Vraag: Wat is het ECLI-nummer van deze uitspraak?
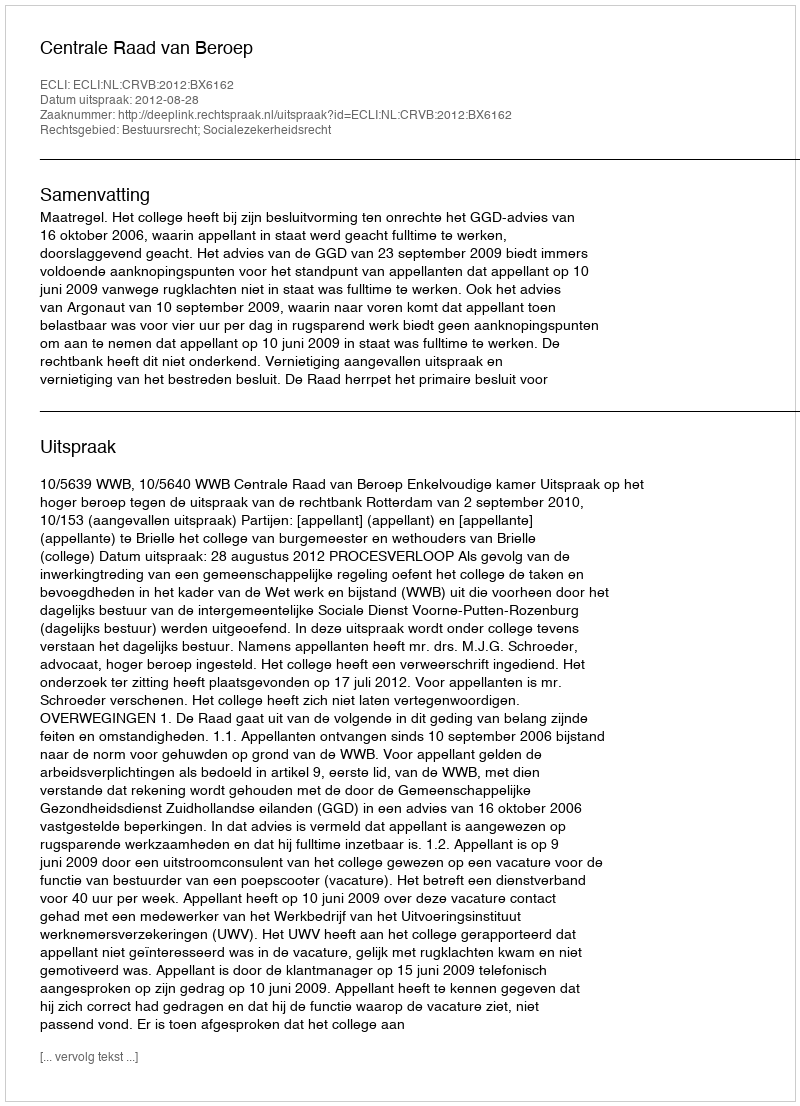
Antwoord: ECLI:NL:CRVB:2012:BX6162